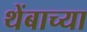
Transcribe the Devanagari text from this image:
थेंबाच्या